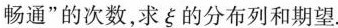
畅通”的次数，求ξ的分布列和期望。